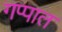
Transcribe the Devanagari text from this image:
गप्पात